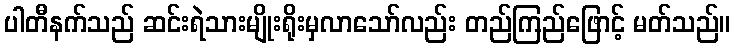
ပါတီနက်သည် ဆင်းရဲသားမျိုးရိုးမှလာသော်လည်း တည်ကြည်ဖြောင့် မတ်သည်။